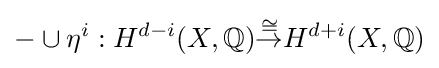
-\cup \eta ^{i}:H^{d-i}(X,\mathbb {Q} ){\stackrel {\cong }{\to }}H^{d+i}(X,\mathbb {Q} )